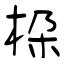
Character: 桗